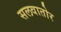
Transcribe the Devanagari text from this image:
सलवातोर